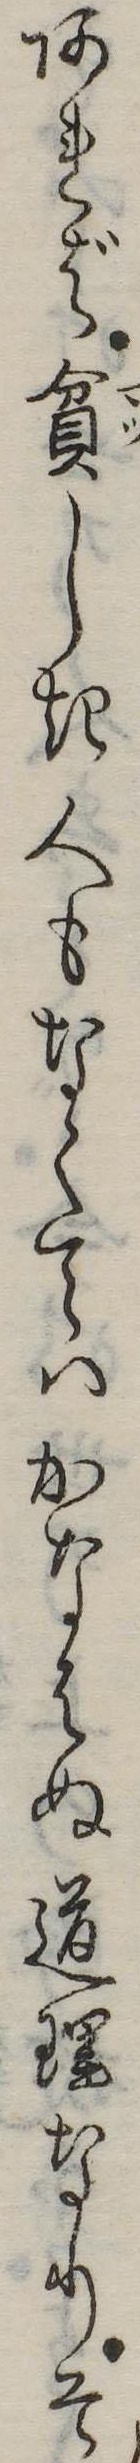
あれば貧しき人もなくてはかなはぬ道理なりそ